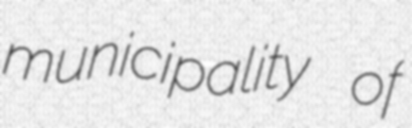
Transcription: municipality of